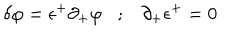
\delta \varphi = \epsilon ^ { + } \partial _ { + } \varphi ; \partial _ { + } \epsilon ^ { + } = 0